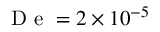
\mathrm { ~ D ~ e ~ } = 2 \times 1 0 ^ { - 5 }